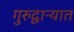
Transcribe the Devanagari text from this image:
गुरुद्वाऱ्यात